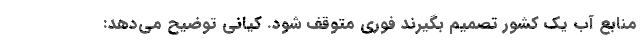
منابع آب یک کشور تصمیم بگیرند فوری متوقف شود. کیانی توضیح می‌دهد: